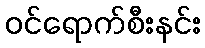
ဝင်ရောက်စီးနင်း